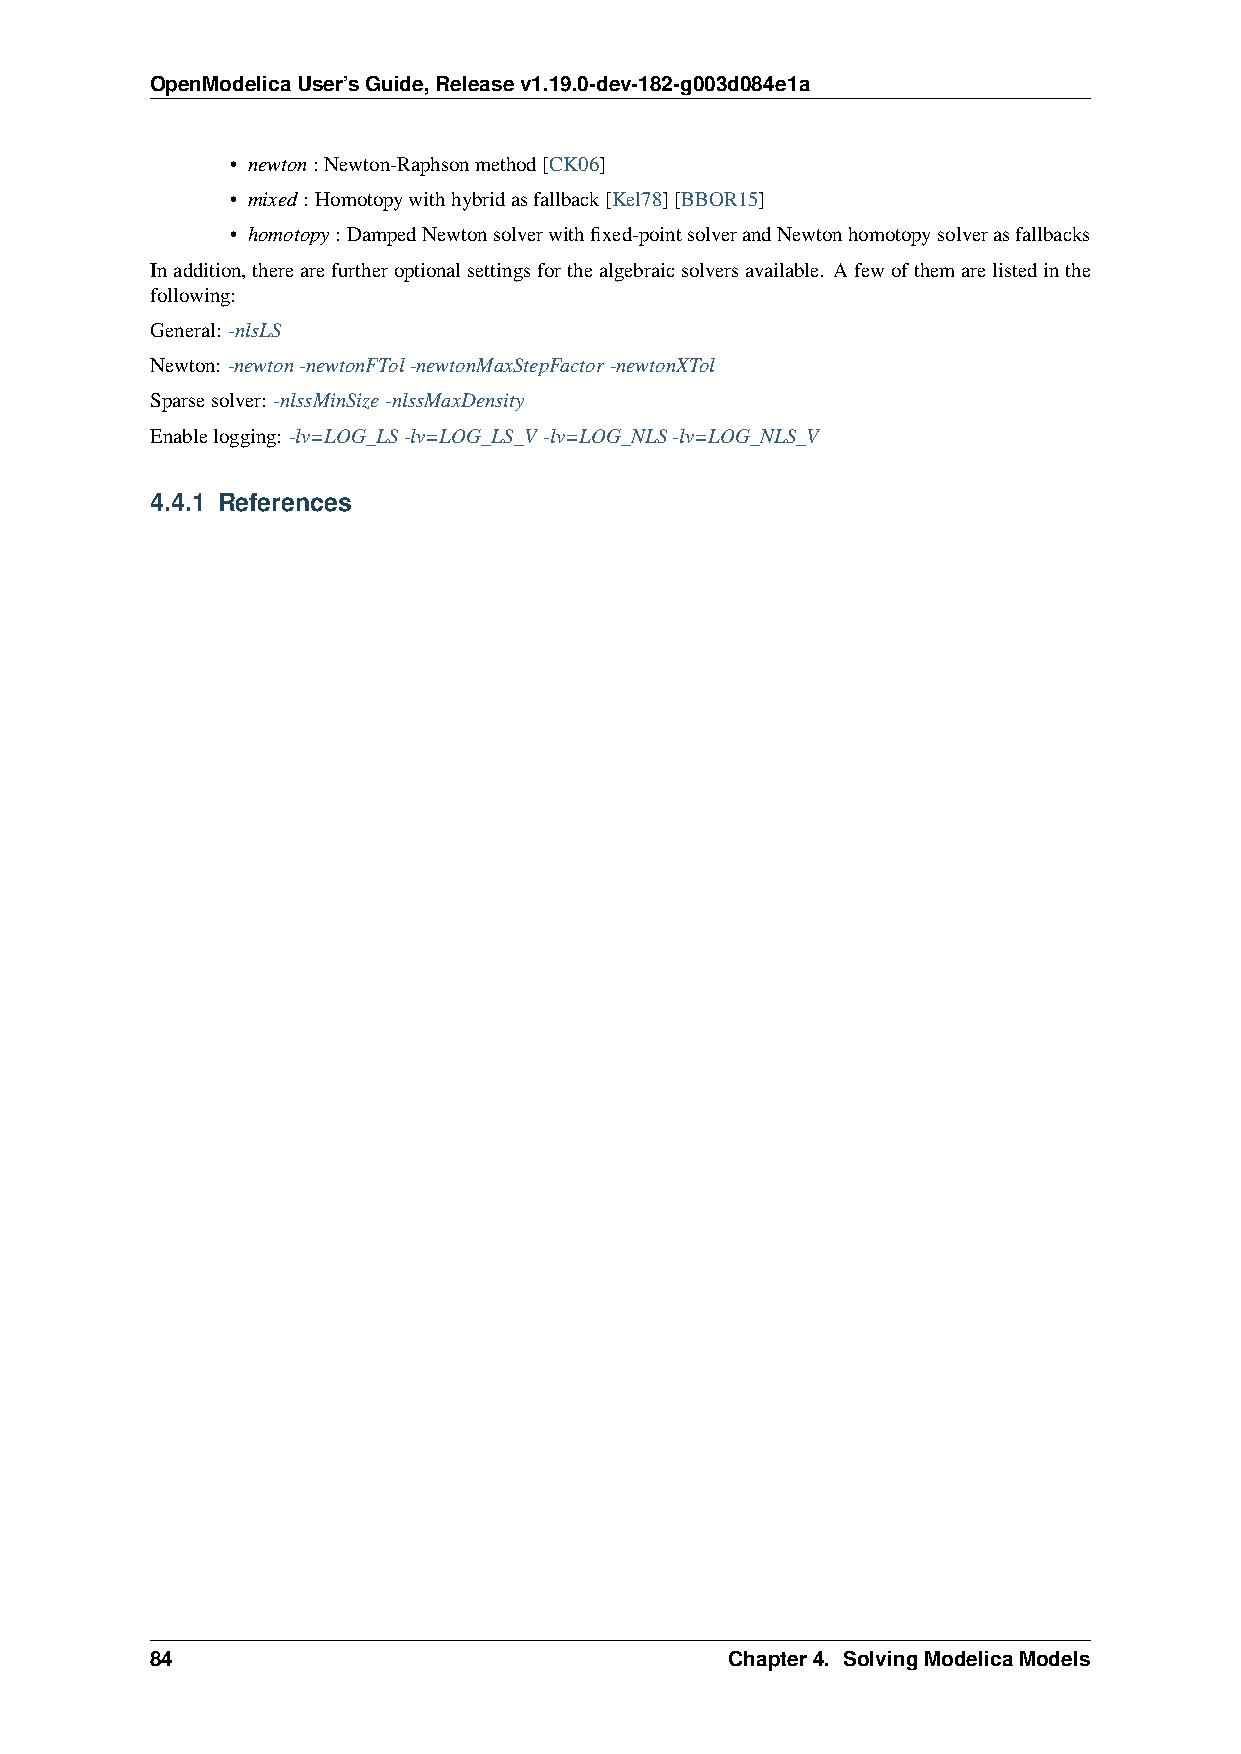
OpenModelicaUser’sGuide,Releasev1.19.0-dev-182-g003d084e1a
 • newton: Newton-Raphsonmethod[CK06]
 • mixed: Homotopywithhybridasfallback[Kel78][BBOR15]
 • homotopy: DampedNewtonsolverwithfixed-pointsolverandNewtonhomotopysolverasfallbacks
 Inaddition,therearefurtheroptionalsettingsforthealgebraicsolversavailable. Afewofthemarelistedinthe
 following:
 General: -nlsLS
 Newton: -newton-newtonFTol-newtonMaxStepFactor-newtonXTol
 Sparsesolver: -nlssMinSize-nlssMaxDensity
 Enablelogging: -lv=LOG_LS-lv=LOG_LS_V -lv=LOG_NLS-lv=LOG_NLS_V
 4.4.1 References
 84                                    Chapter4. SolvingModelicaModels